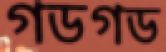
গডগড